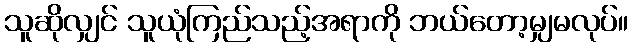
သူဆိုလျှင် သူယုံကြည်သည့်အရာကို ဘယ်တော့မျှမလုပ်။